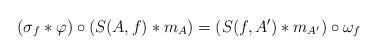
LaTeX: \begin{align*}(\sigma_f * \varphi)\circ (S(A,f) * m_A) = (S(f, A') * m_{A'})\circ \omega_f\end{align*}